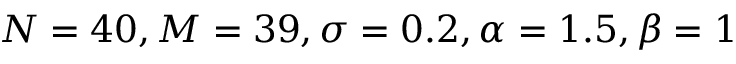
N = 4 0 , M = 3 9 , \sigma = 0 . 2 , \alpha = 1 . 5 , \beta = 1